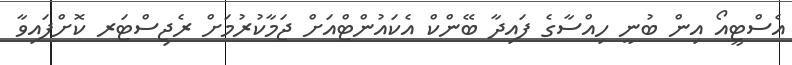
އެސްޓީއޯ އިން ބުނީ ހިއްސާގެ ފައިދާ ބޭންކް އެކައުންޓްއަށް ޖަމާކުރުމަށް ރެޖިސްޓަރ ކޮށްފައިވާ